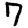
Digit: 7